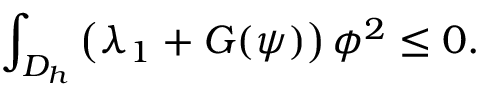
\int _ { D _ { h } } \left( \lambda _ { 1 } + G ( \psi ) \right) \phi ^ { 2 } \leq 0 .